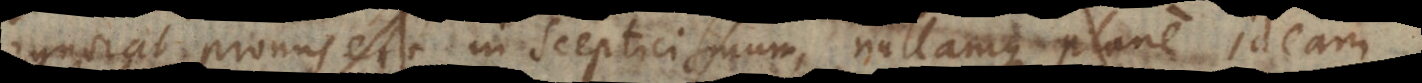
at pronus est in Scepticismum, nullamque plane ideam